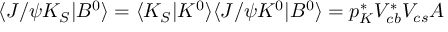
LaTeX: \langle J / \psi K _ { S } | B ^ { 0 } \rangle = \langle K _ { S } | K ^ { 0 } \rangle \langle J / \psi K ^ { 0 } | B ^ { 0 } \rangle = p _ { K } ^ { \ast } V _ { c b } ^ { \ast } V _ { c s } A